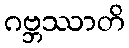
ဂဗ္ဘဿာတိ